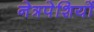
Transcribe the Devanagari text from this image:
नेत्रपेशियों